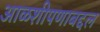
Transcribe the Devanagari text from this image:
आळशीपणाबद्दल